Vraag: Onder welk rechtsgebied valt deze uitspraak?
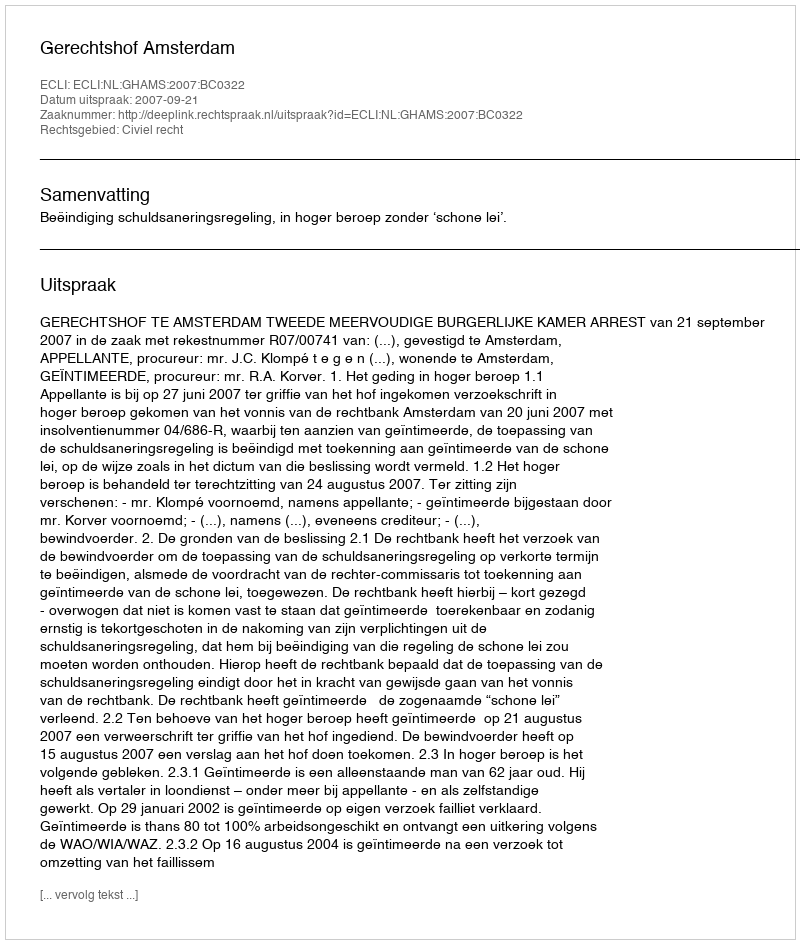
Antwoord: Civiel recht